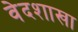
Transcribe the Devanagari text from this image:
वेदशाखा